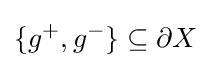
\{g^{+},g^{-}\}\subseteq \partial X